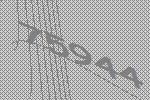
75944